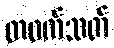
တဖက်သတ်